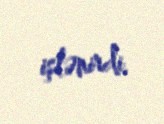
işlənirdi.